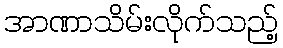
အာဏာသိမ်းလိုက်သည့်